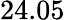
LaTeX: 24.05